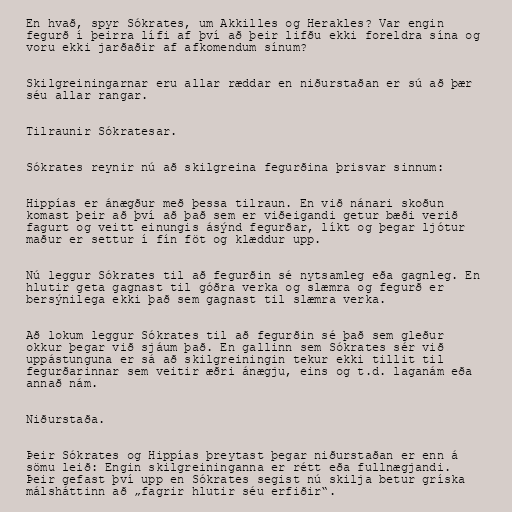
En hvað, spyr Sókrates, um Akkilles og Herakles? Var engin
fegurð í þeirra lífi af því að þeir lifðu ekki foreldra sína og
voru ekki jarðaðir af afkomendum sínum?

Skilgreiningarnar eru allar ræddar en niðurstaðan er sú að þær
séu allar rangar.

Tilraunir Sókratesar.

Sókrates reynir nú að skilgreina fegurðina þrisvar sinnum:

Hippías er ánægður með þessa tilraun. En við nánari skoðun
komast þeir að því að það sem er viðeigandi getur bæði verið
fagurt og veitt einungis ásýnd fegurðar, líkt og þegar ljótur
maður er settur í fín föt og klæddur upp.

Nú leggur Sókrates til að fegurðin sé nytsamleg eða gagnleg. En
hlutir geta gagnast til góðra verka og slæmra og fegurð er
bersýnilega ekki það sem gagnast til slæmra verka.

Að lokum leggur Sókrates til að fegurðin sé það sem gleður
okkur þegar við sjáum það. En gallinn sem Sókrates sér við
uppástunguna er sá að skilgreiningin tekur ekki tillit til
fegurðarinnar sem veitir æðri ánægju, eins og t.d. laganám eða
annað nám.

Niðurstaða.

Þeir Sókrates og Hippías þreytast þegar niðurstaðan er enn á
sömu leið: Engin skilgreininganna er rétt eða fullnægjandi.
Þeir gefast því upp en Sókrates segist nú skilja betur gríska
málsháttinn að „fagrir hlutir séu erfiðir“.